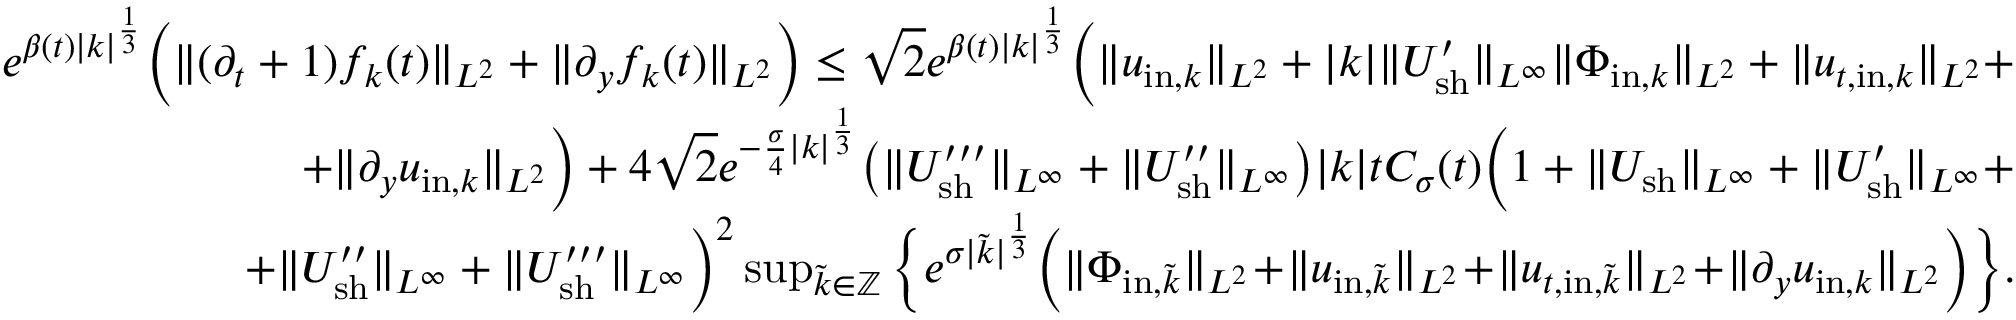
\begin{array} { r } { e ^ { \beta ( t ) | k | ^ { \frac { 1 } { 3 } } } \Big ( \| ( \partial _ { t } + 1 ) f _ { k } ( t ) \| _ { L ^ { 2 } } + \| \partial _ { y } f _ { k } ( t ) \| _ { L ^ { 2 } } \Big ) \leq \sqrt { 2 } e ^ { \beta ( t ) | k | ^ { \frac { 1 } { 3 } } } \Big ( \| u _ { \mathrm { i n } , k } \| _ { L ^ { 2 } } + | k | \| U _ { \mathrm { s h } } ^ { \prime } \| _ { L ^ { \infty } } \| \Phi _ { \mathrm { i n } , k } \| _ { L ^ { 2 } } + \| u _ { t , \mathrm { i n } , k } \| _ { L ^ { 2 } } + } \\ { + \| \partial _ { y } u _ { \mathrm { i n } , k } \| _ { L ^ { 2 } } \Big ) + 4 \sqrt { 2 } e ^ { - \frac { \sigma } { 4 } | k | ^ { \frac { 1 } { 3 } } } \big ( \| U _ { \mathrm { s h } } ^ { \prime \prime \prime } \| _ { L ^ { \infty } } + \| U _ { \mathrm { s h } } ^ { \prime \prime } \| _ { L ^ { \infty } } \big ) | k | t C _ { \sigma } ( t ) \Big ( 1 + \| U _ { \mathrm { s h } } \| _ { L ^ { \infty } } + \| U _ { \mathrm { s h } } ^ { \prime } \| _ { L ^ { \infty } } + } \\ { + \| U _ { \mathrm { s h } } ^ { \prime \prime } \| _ { L ^ { \infty } } + \| U _ { \mathrm { s h } } ^ { \prime \prime \prime } \| _ { L ^ { \infty } } \Big ) ^ { 2 } \operatorname* { s u p } _ { \tilde { k } \in \mathbb Z } \Big \{ e ^ { \sigma | \tilde { k } | ^ { \frac { 1 } { 3 } } } \Big ( \| \Phi _ { \mathrm { i n } , \tilde { k } } \| _ { L ^ { 2 } } \! + \! \| u _ { \mathrm { i n } , \tilde { k } } \| _ { L ^ { 2 } } \! + \! \| u _ { t , \mathrm { i n } , \tilde { k } } \| _ { L ^ { 2 } } \! + \! \| \partial _ { y } u _ { \mathrm { i n } , k } \| _ { L ^ { 2 } } \Big ) \Big \} . } \end{array}